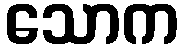
သောက